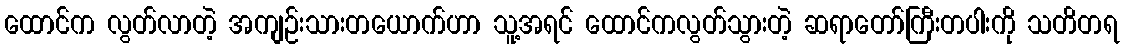
ထောင်က လွတ်လာတဲ့ အကျဉ်းသားတယောက်ဟာ သူ့အရင် ထောင်ကလွတ်သွားတဲ့ ဆရာတော်ကြီးတပါးကို သတိတရ